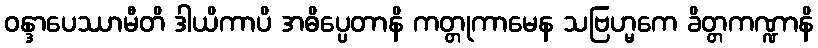
ဝန္ဒာပေဿာမီတိ ဒါယိကာပိ အဓိပ္ပေတာနိ ကတ္တုကာမေန သဗြဟ္မကေ ခိတ္တကဏ္ဍာနိ